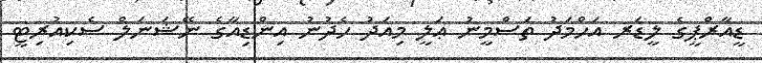
ޑީއާރްޕީގެ ލީޑަރ އަހްމަދު ތަސްމީނު ޢަލީ މިއަދު ހެދުނު އިންޑިއާގެ ނޭޝަނަލް ސެކިއުރިޓީ